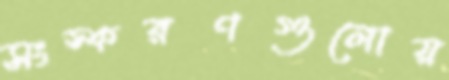
সংস্করণগুলোয়